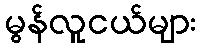
မွန်လူငယ်များ